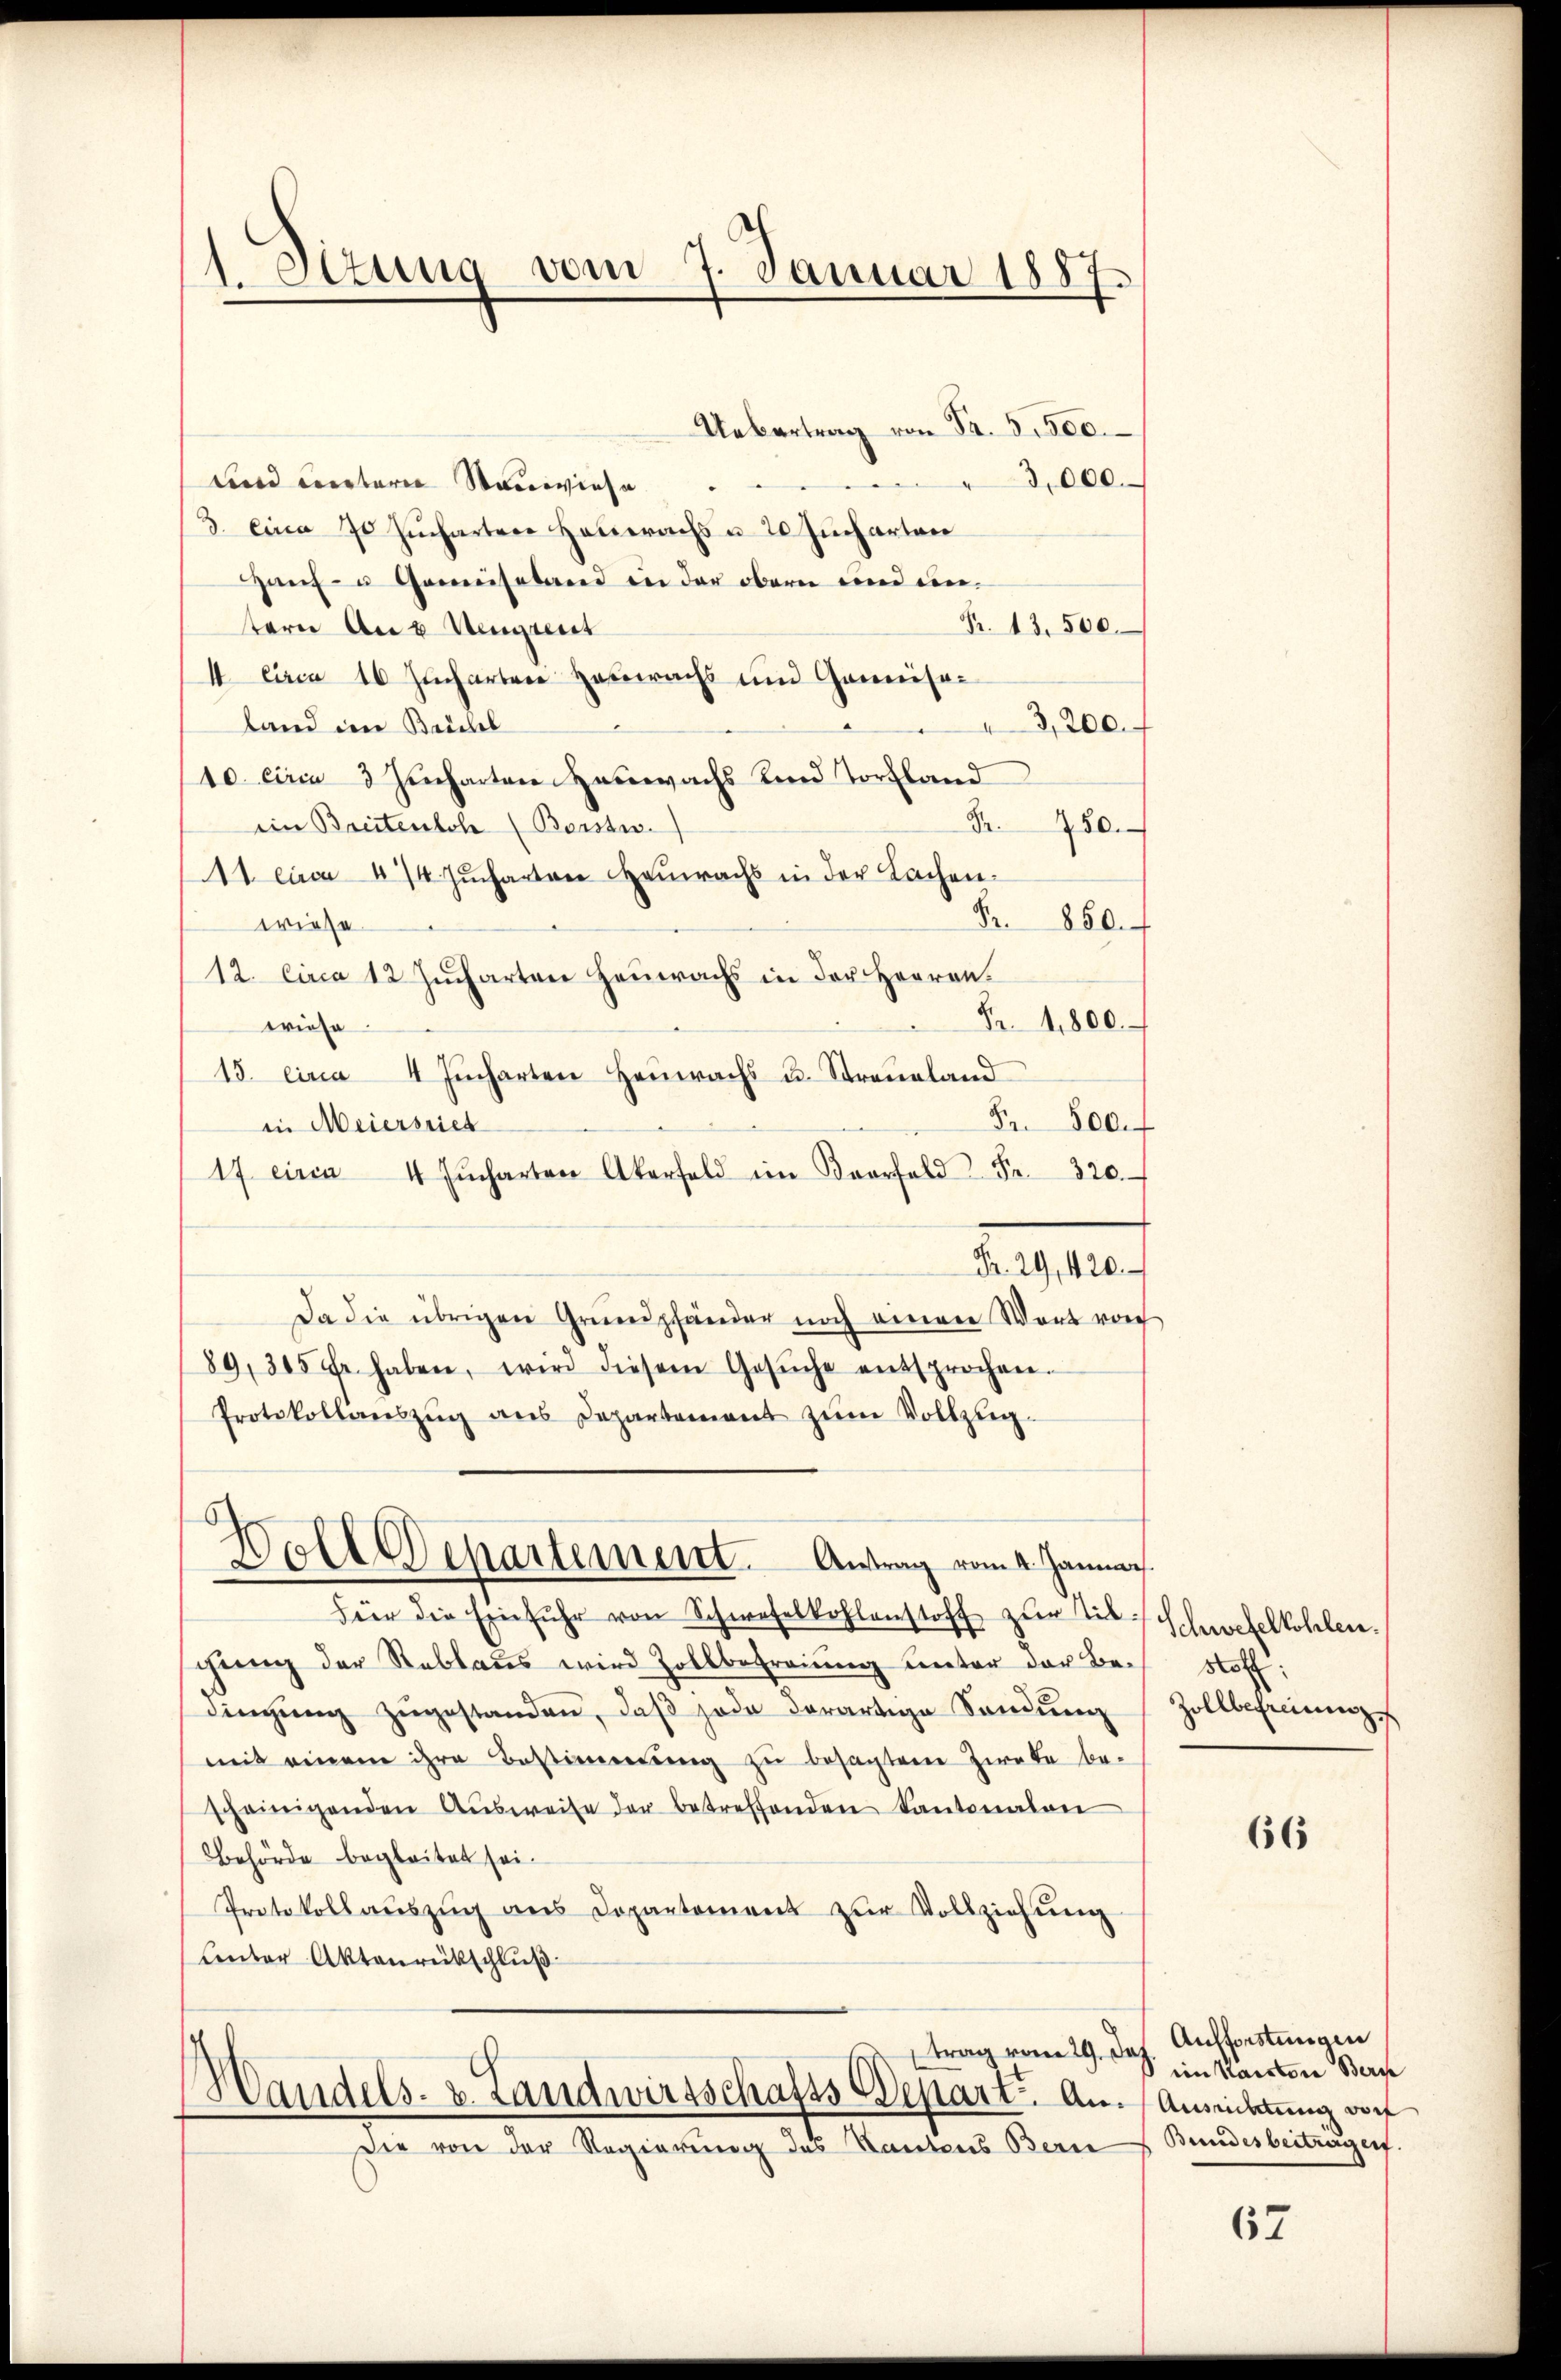
1. Octung vom 7. Januar 1887.

Uebertrag von Fr. 5500.
3,000.
und untere Sauwiese
3. Eina 70 Jucharten Hauerachs u. 20 Jucharten
Zauf- u Gemüseland in der obern und ein¬
R. 13. 500.
tern An u Vengut
4 circa 16 Jucharten Heiwachs und Gamnisa¬
3,200.
land im Reichel
10. circa 3 Jucharten Henwachs Kind Torfland
ein Breitenloh (Borstw
Nr. 750.
11 circa 4/4 Jucharten HHeiwachs in der Sachen-
Fr. 850.
wriese
12. Circa 12 Jucharten Heuerachs in der Herren.
Fr. 4800.
Briefe
15. eina 4 Jucharten heŭwachs u. Streueland
Fr. 800.
in Meiersrich
17 circa 4 Fŭcharten Akerfeld im Baarfeld Fr. 320.
Fr. 29, 420.
Da die übrigen Grundpfänder noch einer Wort vor
89, 345 Fr. haben, wird diesem Gesŭche entsprochen.
Protokollanszŭg ans Departement zŭm Vollzŭg-
6
Woll Departement. Antrag vom 4. Januar
Für die Einfuhr von Schwefelkohlenstoff zur Tit.
chtung der Reblaus wird Zollbefreiung unter der Bedingŭng zugestanden, daß jede derartige Sendung
mit einem ihre Bestimmung zu besagten Zwecke be-
scheinigenden Aŭsweise der betreffenden Kantonalen
Behörde begleitet sei.
Protokoll auszug aus Departement zur Vollziehung
Lnter Aktenrückschluß
trag vom 29. Das
Handels. z. Landwirtschafts-Depart an.
Die von der Regierung des Kantons Bern

Schwebelkohlen.
Not
Zollbeheinung

66

Aufforstungen
im Kantone Berne
Ausrichtung vorf
Bundesbeitragen.

62